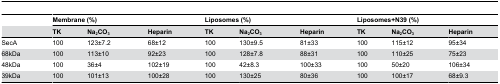
<table><thead><tr><td></td><td colspan="3"><b>Membrane (%)</b></td><td colspan="3"><b>Liposomes (%)</b></td><td colspan="3"><b>Liposomes+N39 (%)</b></td></tr><tr><td></td><td><b>TK</b></td><td><b>Na<sub>2</sub>CO<sub>3</sub></b></td><td><b>Heparin</b></td><td><b>TK</b></td><td><b>Na<sub>2</sub>CO<sub>3</sub></b></td><td><b>Heparin</b></td><td><b>TK</b></td><td><b>Na<sub>2</sub>CO<sub>3</sub></b></td><td><b>Heparin</b></td></tr></thead><tbody><tr><td>SecA</td><td>100</td><td>123±7.2</td><td>68±12</td><td>100</td><td>130±9.5</td><td>81±33</td><td>100</td><td>115±12</td><td>95±34</td></tr><tr><td>68kDa</td><td>100</td><td>113±10</td><td>92±23</td><td>100</td><td>128±7.8</td><td>88±31</td><td>100</td><td>110±25</td><td>75±23</td></tr><tr><td>48kDa</td><td>100</td><td>36±4</td><td>102±19</td><td>100</td><td>42±8.3</td><td>100±33</td><td>100</td><td>50±20</td><td>106±34</td></tr><tr><td>39kDa</td><td>100</td><td>101±13</td><td>100±28</td><td>100</td><td>130±25</td><td>80±36</td><td>100</td><td>100±17</td><td>68±9.3</td></tr></tbody></table>